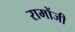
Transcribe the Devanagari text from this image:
रामोंजी